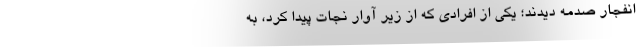
انفجار صدمه دیدند؛ یکی از افرادی که از زیر آوار نجات پیدا کرد، به